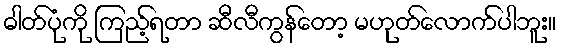
ဓါတ်ပုံကို ကြည့်ရတာ ဆီလီကွန်တော့ မဟုတ်လောက်ပါဘူး။